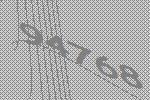
94768